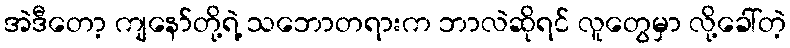
အဲဒီတော့ ကျနော်တို့ရဲ့ သဘောတရားက ဘာလဲဆိုရင် လူတွေမှာ လို့ခေါ်တဲ့